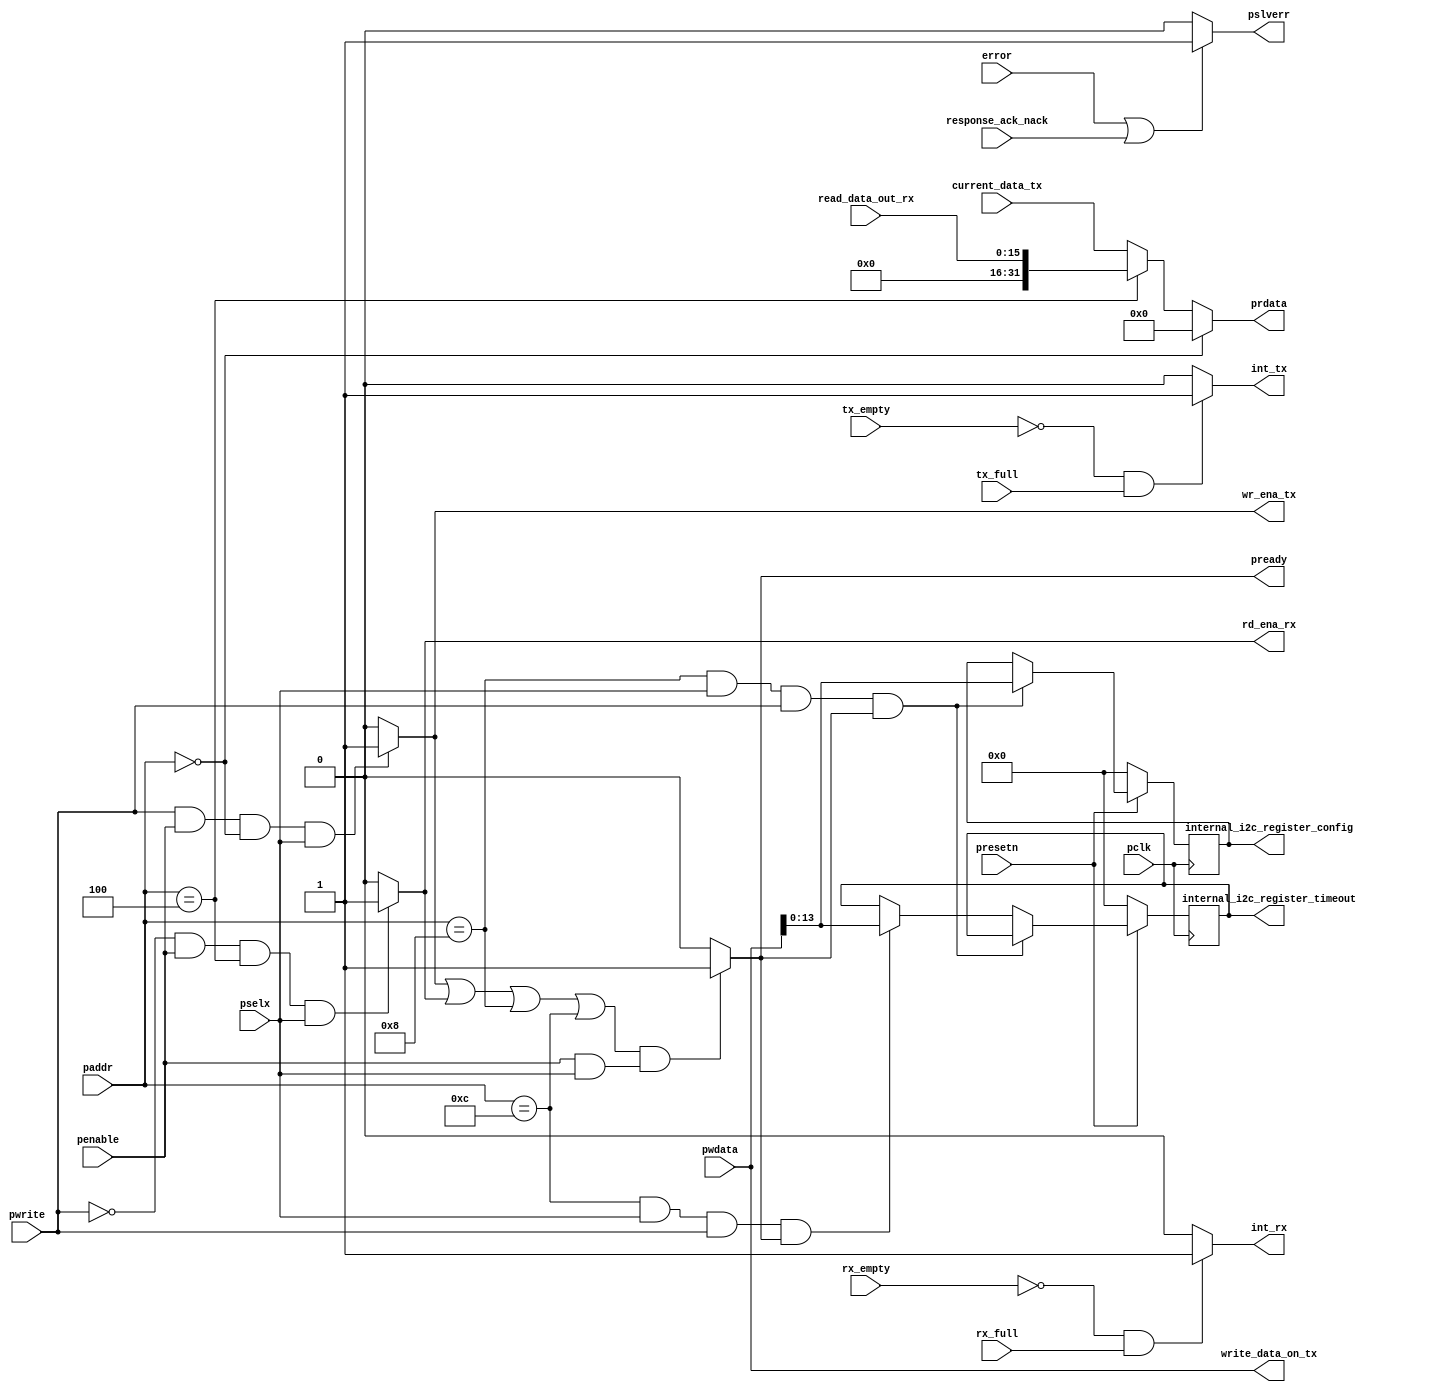

/*

     Design name : Felipe Fernandes da Costa
     
     Description: 
     This is a APB interface used to configure IP modes , get or set data to be delivered to others compatible devices data transport.
     
     Brazil -- 04/03/2023 -- initial code apb i2c
     
         
     ADDRs meaning
     
     0  --> WRITE TX FIFO
     4  --> READ  RX FIFO
     8  --> WRITE CONFIG ON I2C
     12 --> WRITE COUNTER TIME ON I2C
     16 --> READ DATA BEGIN TRANSMMITED ON TX     
     
*/


`timescale 1ns/1ps //timescale 

module apb(
			//standard ARM
	    		input pclk,
			input presetn,
			input pselx,
			input pwrite,
			input penable,
			input [31:0] paddr,
			input [31:0] pwdata,

			//internal pin FIFO RX/TX
			input tx_empty,
			input tx_full,
			input [15:0] read_data_out_rx,
			input rx_empty,
			input rx_full,						
	
			//CURRENT DATA FROM i2C

	                input [31:0] current_data_tx,
	                
	                	               
			//internal I2C error
			input error,
	                input response_ack_nack,

	                
			//internal pin FIFO RX/TX
	                //output  [31:0] READ_DATA_IN_TX, 
			output  rd_ena_rx,		
			output  wr_ena_tx,
			
			//external APB pin
			output [31:0] prdata,

			//internal pin 
			output reg [13:0] internal_i2c_register_config,
			output reg [13:0] internal_i2c_register_timeout,
			output [31:0] write_data_on_tx,		
			
			//external APB port 
			output pready,
			output pslverr,

			//external APB interruption
			output int_rx,
			output int_tx
	   

	  );

//ENABLE WRITE ON TX FIFO
assign wr_ena_tx = (pwrite == 1'b1 & penable == 1'b1 & paddr == 32'd0 & pselx == 1'b1)?  1'b1:1'b0;

//ENABLE READ ON RX FIFO
assign rd_ena_rx = (pwrite == 1'b0 & penable == 1'b1  & paddr == 32'd4 & pselx == 1'b1)?  1'b1:1'b0;

//WRITE ON I2C MODULE
assign pready = ((wr_ena_tx == 1'b1 | rd_ena_rx == 1'b1 | paddr == 32'd8 | paddr == 32'd12) &  (penable == 1'b1 & pselx == 1'b1))? 1'b1:1'b0;

//INPUT TO WRITE ON TX FIFO
assign write_data_on_tx = (paddr == 32'd0)? pwdata:pwdata;

//OUTPUT DATA FROM RX TO prdata
assign prdata = (paddr == 32'd0)? 32'd0:(paddr == 32'd4)? {16'd0,read_data_out_rx}:(paddr == 32'd16)?current_data_tx:current_data_tx;

//error FROM I2C CORE
assign pslverr = (error || response_ack_nack)?1'b1:1'b0; 

//INTERRUPTION FROM I2C
assign int_tx = (!tx_empty & tx_full)?1'b1:1'b0;

//INTERRUPTION FROM I2C
assign int_rx = (!rx_empty & rx_full)?1'b1:1'b0;

//This is sequential logic used only to register configuration
always@(posedge pclk)
begin

	if(!presetn)
	begin
		internal_i2c_register_config <= 14'd0;
		internal_i2c_register_timeout <= 14'd0;
	end
	else
	begin

		// Set configuration to i2c
		if(paddr == 32'd8 && pselx == 1'b1 && pwrite == 1'b1 && pready == 1'b1)
		begin
			internal_i2c_register_config <= pwdata[13:0];
		end
		else if(paddr == 32'd12 && pselx == 1'b1 && pwrite == 1'b1 && pready == 1'b1)
		begin
			internal_i2c_register_timeout <= pwdata[13:0];
		end
		else
		begin
			internal_i2c_register_config <= internal_i2c_register_config;
		end
		
	end

end 


endmodule